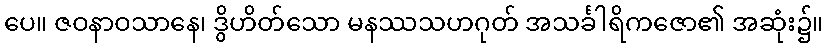
ပေ။ ဇဝနာဝသာနေ၊ ဒွိဟိတ်သော မနဿသဟဂုတ် အသင်္ခါရိကဇော၏ အဆုံး၌။